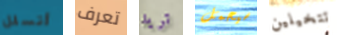
أتسلل تعرف تريد سيحمل تتخيلين